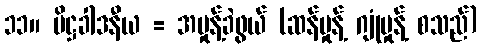
၁၁။ ပိဋ္ဌခါဒနီယ = အမှုန့်ခဲဖွယ် (ဆန်မှုန့် ဂျုံမှုန့် စသည်)